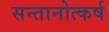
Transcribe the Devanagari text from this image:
सन्तानोत्कर्ष